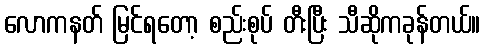
လောကနတ် မြင်ရတော့ စည်းစုပ် တီးပြီး သီဆိုကခုန်တယ်။